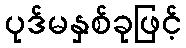
ပုဒ်မနှစ်ခုဖြင့်